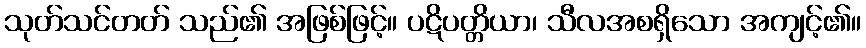
သုတ်သင်တတ် သည်၏ အဖြစ်ဖြင့်။ ပဋိပတ္တိယာ၊ သီလအစရှိသော အကျင့်၏။